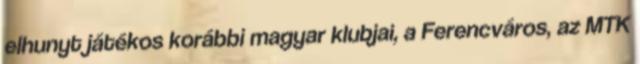
elhunyt játékos korábbi magyar klubjai, a Ferencváros, az MTK